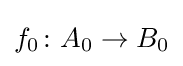
f_{0}\colon A_{0}\to B_{0}